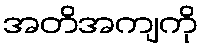
အတိအကျကို